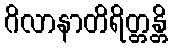
ဂိလာနာတိရိတ္တန္တိ